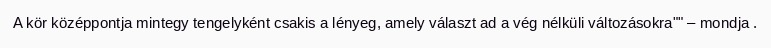
A kör középpontja mintegy tengelyként csakis a lényeg, amely választ ad a vég nélküli változásokra"" – mondja .